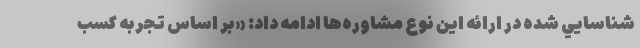
شناسايي شده در ارائه اين نوع مشاوره‌ها ادامه داد: «بر اساس تجربه کسب